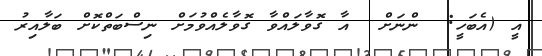
އީ (އެބަހީ:  ންނަށް  އާ ގޮވާލައްވާ ގޮވާލެއްވުމަށް ނިސްބަތްކޮށް ބަލާއިރު